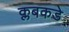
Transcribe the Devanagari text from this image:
क्लबकडे